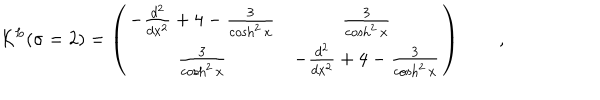
LaTeX: { \cal K } ^ { L } ( \sigma = 2 ) = \left( \begin{array} { c c } { { - \frac { d ^ { 2 } } { d x ^ { 2 } } + 4 - \frac { 3 } { \cosh ^ { 2 } x } } } & { { \frac { 3 } { \cosh ^ { 2 } x } } } \\ { { \frac { 3 } { \cosh ^ { 2 } x } } } & { { - \frac { d ^ { 2 } } { d x ^ { 2 } } + 4 - \frac { 3 } { \cosh ^ { 2 } x } } } \\ \end{array} \right) \qquad ,